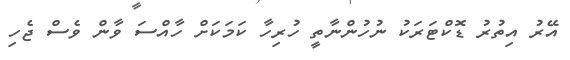
އޭރު އިތުރު ޑޮކްޓަރަކު ނުހުންނާތީ ހުރިހާ ކަމަކަށް ހާއްސަ ވާން ވެސް ޖެހި